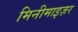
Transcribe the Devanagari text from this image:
मिनीमाइज़र